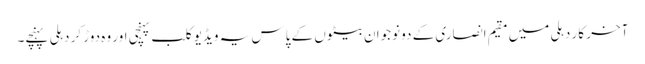
آخر کار دہلی میں مقیم انصاری کے دو نوجوان بیٹوں کے پاس یہ ویڈیو کلب پہنچی اور وہ دوڑ کر دہلی پہنچے۔